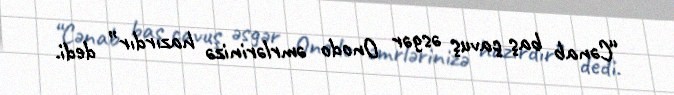
“Cənab baş çavuş əsgər Onodo əmrlərinizə hazırdır” dedi.